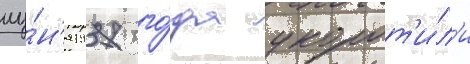
иу́н'я 1937 го́да укорот'и́л'и